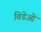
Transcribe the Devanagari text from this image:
विडेओ